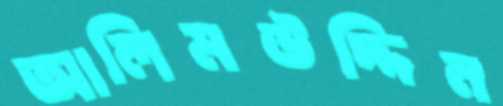
আলিমউদ্দিন